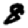
Digit: 8